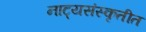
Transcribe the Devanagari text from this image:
नाट्यसंस्कृतीत